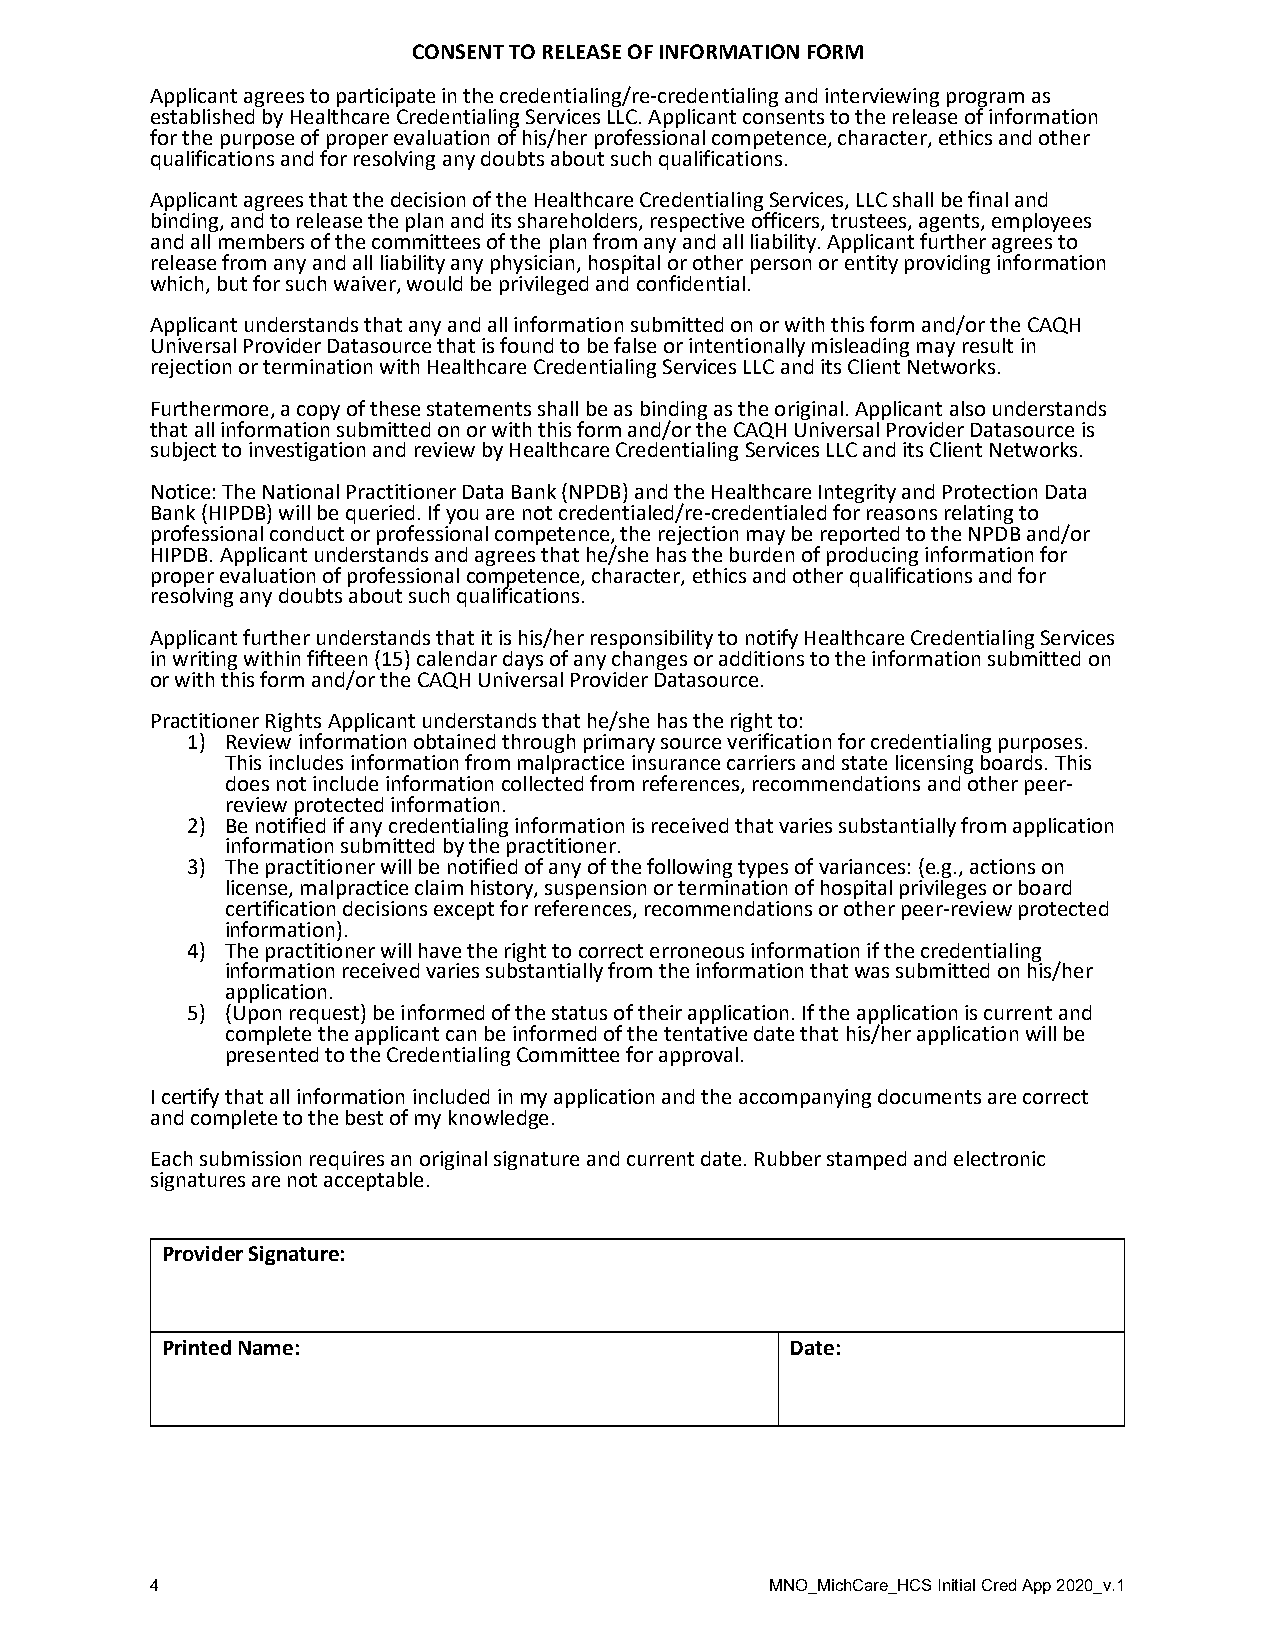
CONSENT TO RELEASE OF INFORMATION FORM
 Applicant agrees to participate in the credentialing/re-credentialing and interviewing program as
 established by Healthcare Credentialing Services LLC. Applicant consents to the release of information
 for the purpose of proper evaluation of his/her professional competence, character, ethics and other
 qualifications and for resolving any doubts about such qualifications.
 Applicant agrees that the decision of the Healthcare Credentialing Services, LLC shall be final and
 binding, and to release the plan and its shareholders, respective officers, trustees, agents, employees
 and all members of the committees of the plan from any and all liability. Applicant further agrees to
 release from any and all liability any physician, hospital or other person or entity providing information
 which, but for such waiver, would be privileged and confidential.
 Applicant understands that any and all information submitted on or with this form and/or the CAQH
 Universal Provider Datasource that is found to be false or intentionally misleading may result in
 rejection or termination with Healthcare Credentialing Services LLC and its Client Networks.
 Furthermore, a copy of these statements shall be as binding as the original. Applicant also understands
 that all information submitted on or with this form and/or the CAQH Universal Provider Datasource is
 subject to investigation and review by Healthcare Credentialing Services LLC and its Client Networks.
 Notice: The National Practitioner Data Bank (NPDB) and the Healthcare Integrity and Protection Data
 Bank (HIPDB) will be queried. If you are not credentialed/re-credentialed for reasons relating to
 professional conduct or professional competence, the rejection may be reported to the NPDB and/or
 HIPDB. Applicant understands and agrees that he/she has the burden of producing information for
 proper evaluation of professional competence, character, ethics and other qualifications and for
 resolving any doubts about such qualifications.
 Applicant further understands that it is his/her responsibility to notify Healthcare Credentialing Services
 in writing within fifteen (15) calendar days of any changes or additions to the information submitted on
 or with this form and/or the CAQH Universal Provider Datasource.
 Practitioner Rights Applicant understands that he/she has the right to:
 1) Review information obtained through primary source verification for credentialing purposes.
 This includes information from malpractice insurance carriers and state licensing boards. This
 does not include information collected from references, recommendations and other peer-
 review protected information.
 2) Be notified if any credentialing information is received that varies substantially from application
 information submitted by the practitioner.
 3) The practitioner will be notified of any of the following types of variances: (e.g., actions on
 license, malpractice claim history, suspension or termination of hospital privileges or board
 certification decisions except for references, recommendations or other peer-review protected
 information).
 4) The practitioner will have the right to correct erroneous information if the credentialing
 information received varies substantially from the information that was submitted on his/her
 application.
 5) (Upon request) be informed of the status of their application. If the application is current and
 complete the applicant can be informed of the tentative date that his/her application will be
 presented to the Credentialing Committee for approval.
 I certify that all information included in my application and the accompanying documents are correct
 and complete to the best of my knowledge.
 Each submission requires an original signature and current date. Rubber stamped and electronic
 signatures are not acceptable.
 Provider Signature:
 Printed Name:                            Date:
 4                                        MNO_MichCare_HCS Initial Cred App 2020_v.1